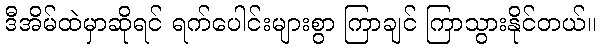
ဒီအိမ်ထဲမှာဆိုရင် ရက်ပေါင်းများစွာ ကြာချင် ကြာသွားနိုင်တယ်။